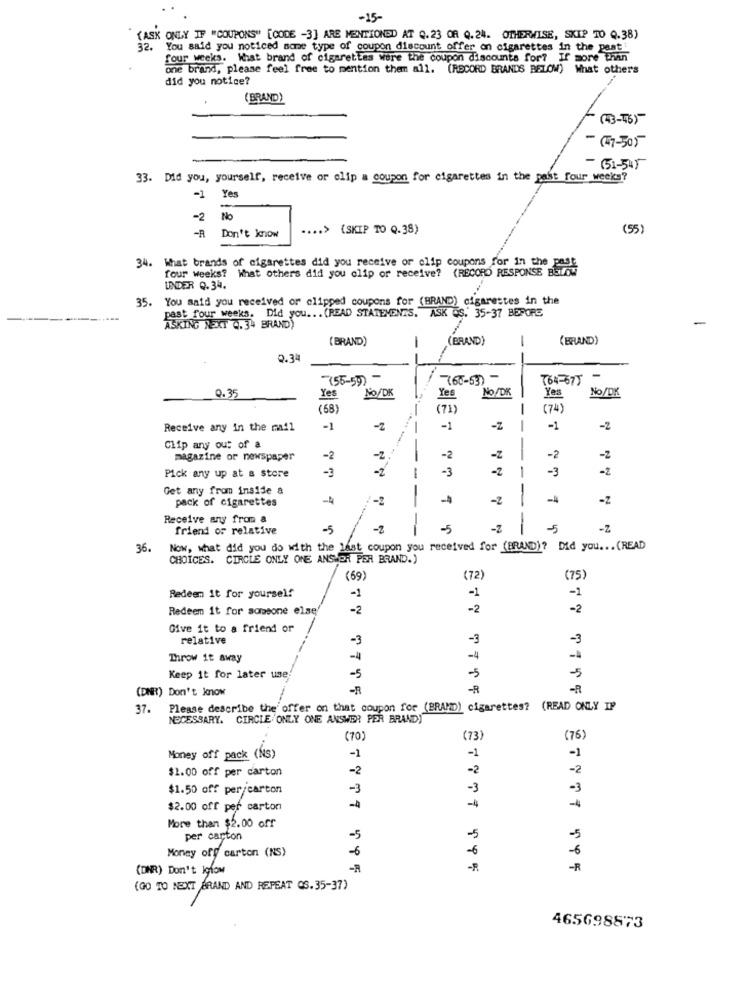
-15-
(ASK ONLY IF "COUPONS" [CODE -3] ARE MENTIONED AT Q. 23 OR Q.24. OTHERWISE, SKIP TO Q.38)
32.
You said you noticed some type of coupon discount offer on cigarettes in the past i
four weeks. What brand of cigarettes were the coupon discounts for? If more than
one brand, please feel free to mention them all. (RECORD BRANDS BELOW) What others
did you notice?
(BRAND)
(43-56)
- 17-505
(51-545
33. Did you, yourself, receive or olip a coupon for cigarettes in the past four weeks?
-1 Yes
-2
No
.... > {SKIP TO Q.38)
(55)
Don't know
34. What brands of cigarettes did you receive or clip coupons for in the
four weeks? What others did you clip or receive? (RECORD RESPONSE BUTTON
UNDER 0.34.
35.
You said you received or clipped coupons for (BRAND) cigarettes in the
past four weeks. Did you ... (READ STATEMENTS. ASK OS. 35-37 BEFORE
-
ASKING NEXT 4.34 BRAND)
(BRAND)
(BRAND)
-
(BRAND)
2.34
--
(55-55) -
(60-53)
764-677
-
0.35
No/DK
No/DK
Yes
No/DK
Yes
Yes
(68)
-
(71)
(74'
Receive any in the mail
-1
-2
-
-1
-Z
-1
-2
Clip any out of a
magazine or newspaper
-2
-2
-
-2
-2
-2
1
-3
-Z
-3
-2
Pick any up at a store
-3
Get any from inside a
pack of cigarettes
-2
-
-2
-4
-Z
-
Receive any from a
friend or relative
-5
-
--
-5
-Z
-
-Z
36.
Now, what did you do with the last coupon you received for (BRAND)? Did you ... (READ
CHOICES. CIRCLE ONLY ONE ANSWER PER BRAND.)
(69)
(72
(75)
-1
-1
Redeem it for yourself
-1
Redeem it for someone else
-2
-2
-2
Give it to a friend or
relative
-3
-3
-3
Throw it away
-
-4
-4
-5
Keep it for later use.
-5
-5
(DNR) Don't know
-R
-R
-R
37. Please describe the offer on that coupon for (BRAND) cigarettes? (READ ONLY IP
NECESSARY. CIRCLE ONLY ONE ANSWER PER BRAND)
(70)
(73.
(76)
-1
Money off pack (Ns)
-1
-1
$1.00 off per carton
-2
-2
-2
$1.50 off per/carton
-3
-3
-3
-4
-4
-4
$2.00 off per carton
More than $2.00 off
per carton
-5
-5
-5
Money off carton (NS)
6
-6
-6
( DAR) Don't Igfom
-P
-R
(GO TO NEXT BRAND AND REPEAT Q8.35-37)
465698873